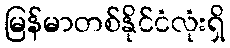
မြန်မာတစ်နိုင်ငံလုံးရှိ